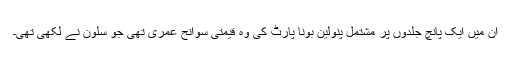
ان میں ایک پانچ جلدوں پر مشتمل پنولین بونا پارٹ کی وہ قیمتی سوانح عمری تھی جو سلون نے لکھی تھی۔